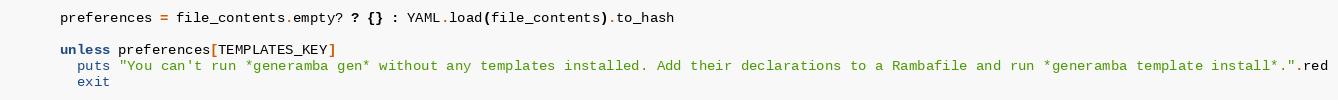
Language: Ruby
      preferences = file_contents.empty? ? {} : YAML.load(file_contents).to_hash

      unless preferences[TEMPLATES_KEY]
        puts "You can't run *generamba gen* without any templates installed. Add their declarations to a Rambafile and run *generamba template install*.".red
        exit